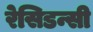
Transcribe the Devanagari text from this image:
रेसिडन्सी